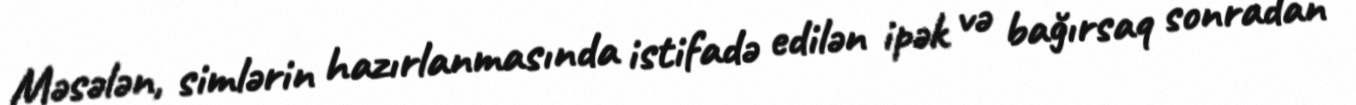
Məsələn, simlərin hazırlanmasında istifadə edilən ipək və bağırsaq sonradan